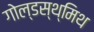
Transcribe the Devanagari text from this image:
गोल्डस्थ्मिथ